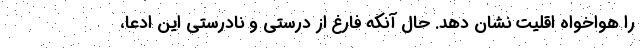
را هواخواه اقلیت نشان دهد. حال آنکه فارغ از درستی و نادرستی این ادعا،